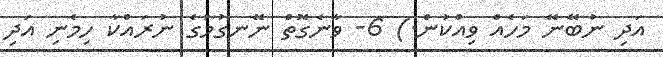
އަދި ނުބޭނޭ މަހެއް ވިއްކުން.) 6- ވާނެގޮތް ނޭނގުމުގެ ނުރައްކާ ހިމެނި އަދި